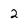
Character: 2